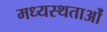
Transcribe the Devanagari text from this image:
मध्‍यस्‍थताओं